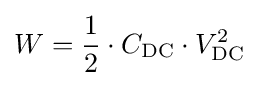
W={\frac {1}{2}}\cdot C_{\text{DC}}\cdot V_{\text{DC}}^{2}